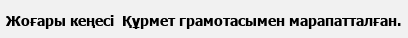
Жоғары кеңесі  Құрмет грамотасымен марапатталған.